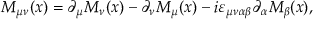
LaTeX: M _ { \mu \nu } ( x ) = \partial _ { \mu } M _ { \nu } ( x ) - \partial _ { \nu } M _ { \mu } ( x ) - i \varepsilon _ { \mu \nu \alpha \beta } \partial _ { \alpha } M _ { \beta } ( x ) ,